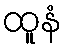
ထူနံ